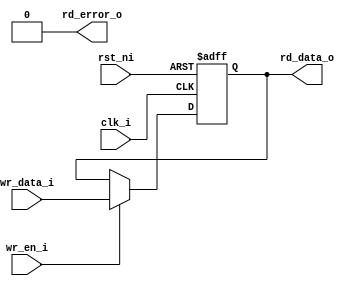
// SPDX-FileCopyrightText: 2020 lowRISC contributors
// Copyright 2018 ETH Zurich and University of Bologna
// Licensed under the Apache License, Version 2.0 (the "License");
// you may not use this file except in compliance with the License.
// You may obtain a copy of the License at
//
//      http://www.apache.org/licenses/LICENSE-2.0
//
// Unless required by applicable law or agreed to in writing, software
// distributed under the License is distributed on an "AS IS" BASIS,
// WITHOUT WARRANTIES OR CONDITIONS OF ANY KIND, either express or implied.
// See the License for the specific language governing permissions and
// limitations under the License.
// SPDX-License-Identifier: Apache-2.0


module ibex_csr (
	clk_i,
	rst_ni,
	wr_data_i,
	wr_en_i,
	rd_data_o,
	rd_error_o
);
	parameter [31:0] Width = 32;
	parameter [0:0] ShadowCopy = 1'b0;
	parameter [Width - 1:0] ResetValue = {Width {1'sb0}};
	input wire clk_i;
	input wire rst_ni;
	input wire [Width - 1:0] wr_data_i;
	input wire wr_en_i;
	output wire [Width - 1:0] rd_data_o;
	output wire rd_error_o;
	reg [Width - 1:0] rdata_q;
	always @(posedge clk_i or negedge rst_ni)
		if (!rst_ni)
			rdata_q <= ResetValue;
		else if (wr_en_i)
			rdata_q <= wr_data_i;
	assign rd_data_o = rdata_q;
	generate
		if (ShadowCopy) begin : gen_shadow
			reg [Width - 1:0] shadow_q;
			always @(posedge clk_i or negedge rst_ni)
				if (!rst_ni)
					shadow_q <= ~ResetValue;
				else if (wr_en_i)
					shadow_q <= ~wr_data_i;
			assign rd_error_o = rdata_q != ~shadow_q;
		end
		else begin : gen_no_shadow
			assign rd_error_o = 1'b0;
		end
	endgenerate
endmodule